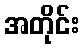
အတိုင်း